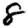
Digit: 8